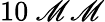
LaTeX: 10\ \mathscr{M}\mathscr{M}